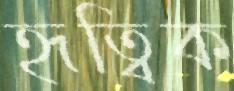
হৃত্বিক